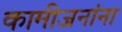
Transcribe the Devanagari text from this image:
कामीजनांना